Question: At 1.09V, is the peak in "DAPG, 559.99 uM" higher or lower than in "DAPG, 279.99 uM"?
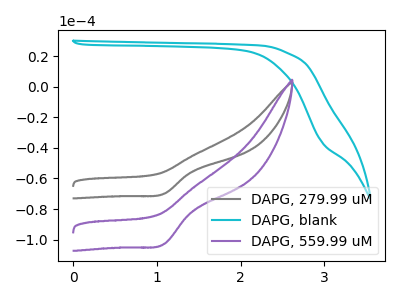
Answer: <think>The gray curve "DAPG, 279.99 uM" has a cathodic peak at: (1.10V, -69.90uA). The cyan curve "DAPG, blank" has no peaks. The purple curve "DAPG, 559.99 uM" has a cathodic peak at: (1.10V, -102.75uA).</think>
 <answer>The peak at 1.09V is higher in "DAPG, 559.99 uM" than in "DAPG, 279.99 uM".</answer>
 <eval>higher</eval>